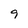
Character: 9